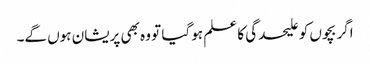
اگر بچوں کو علیحدگی کا علم ہو گیا تو وہ بھی پریشان ہوں گے۔